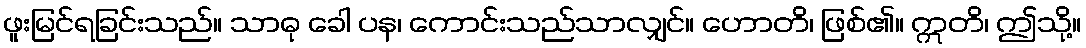
ဖူးမြင်ရခြင်းသည်။ သာဓု ခေါ ပန၊ ကောင်းသည်သာလျှင်။ ဟောတိ၊ ဖြစ်၏။ ဣတိ၊ ဤသို့။